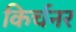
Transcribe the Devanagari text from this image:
किर्चनर